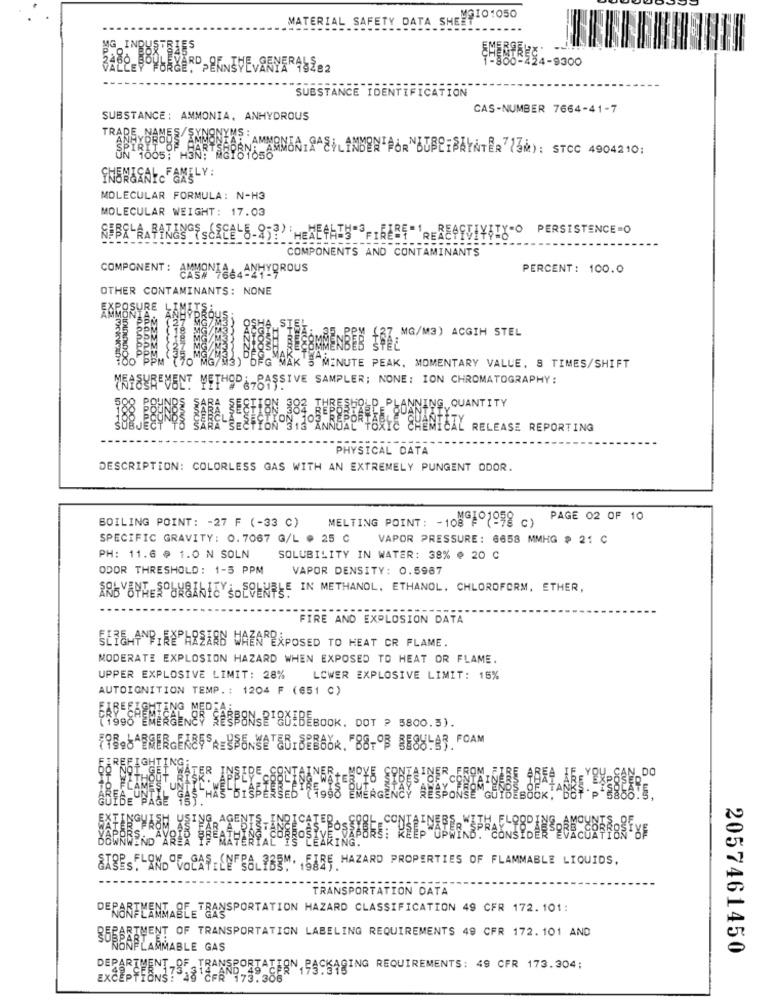
MATERIAL SAFETY DATA SHEMAIO1050
24-9300
SUBSTANCE IDENTIFICATION
CAS-NUMBER 7664-41-7
SUBSTANCE : AMMONIA, ANHYDROUS
TRABEY
ASHLANDENTPORNBUBLISAYNTER (SM): STOC 4904210:
MOLECULAR FORMULA: N-H3
MOLECULAR WEIGHT: 17.03
COMPONENTS AND CONTAMINANTS
COMPONENT : AMMON
CAS# 1864 ANHYDROUS
PERCENT: 100.0
OTHER CONTAMINANTS: NONE
ST
MG/M3) ACGIH STEL
MG/M
FG MAK 'S"MINUTE PEAK, MOMENTARY VALLE, & TIMES/SHIFT
WRISYREMENT METHOD-PASSIVE SAMPLER; NONE: ION CHROMATOGRAPHY:
188. BRUNER BARELLESTION 183 EUROSHOEP PLANNING,QUANTITY
& ANNUAL TORIE CHEMICAL RELEASE REPORTING
PHYSICAL DATA
DESCRIPTION: COLORLESS GAS WITH AN EXTREMELY PUNGENT ODOR.
BOILING POINT: - 27 F (-33 C)
MELTING POINT: - 108 º1998 c)
PAGE 02 OF 10
SPECIFIC GRAVITY: 0.7067 G/L @ 25 C
VAPOR PRESSURE: 6658 MMHG ₽ 21 C
PH: 11.6 @ 1.0 N SOLN
SOLUBILITY IN WATER: 38% @ 20 C
ODOR THRESHOLD: 1-5 PPM
VAPOR DENSITY: 0.5987
ÅRBYBYTESOURNEY-SOLUBLE IN METHANOL. ETHANOL, CHLOROFORM, ETHER,
FIRE AND EXPLOSION DATA
SER&HANPIREPAREARN WAEN EXPOSED TO HEAT CR FLAME.
MODERATE EXPLOSION HAZARD WHEN EXPOSED TO HEAT OR FLAME.
UPPER EXPLOSIVE LIMIT: 28%
LOWER EXPLOSIVE LIMIT: 15%
AUTOIGNITION TEMP .: 1204 F (@51 C)
TTS98"EMERGENCY SESPONSRIQUEBEBOOK. DOT ? 5800.5).
TING
,DO
SIBESTANDAFEL HAZARD PROPERTIES OF FLAMMABLE LIQUIDS,
TRANSPORTATION DATA
DEPARTMENT OF TRANSPORTATION HAZARD CLASSIFICATION 49 CFR 172. 101:
RTMENT OF TRANSPORTATION LABELING REQUIREMENTS 49 CFR 172.101 AND
35 BAFLAMMABLE GAS
2057461450
OF TRANSPORTATION, PACKAGING REQUIREMENTS: 49 CFR 173.304: